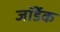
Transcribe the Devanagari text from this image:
जॉर्डेक